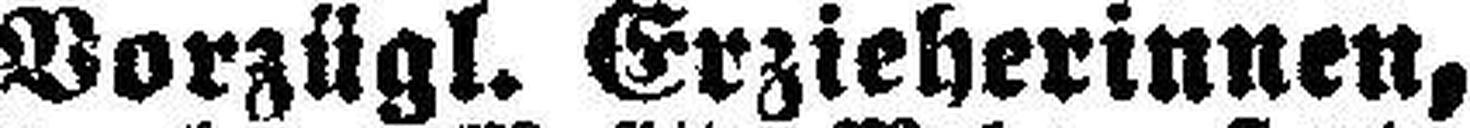
Vorzügl. Erzieherinnen,